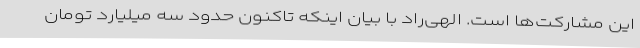
این مشارکت‌ها است. الهی‌راد با بیان اینکه تاکنون حدود سه میلیارد تومان